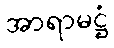
အာရာမဋ္ဌံ